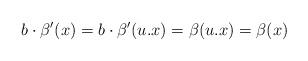
LaTeX: \begin{align*}b \cdot \beta'(x) = b \cdot \beta'(u.x) = \beta(u.x) = \beta(x)\end{align*}